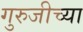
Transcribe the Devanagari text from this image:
गुरुजीच्या